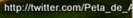
http://twitter.com/Peta de A